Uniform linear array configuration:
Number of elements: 12
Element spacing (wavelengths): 0.5
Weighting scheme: exponential
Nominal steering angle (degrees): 0
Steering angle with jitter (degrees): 1.771
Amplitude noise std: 0.05
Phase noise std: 0.05

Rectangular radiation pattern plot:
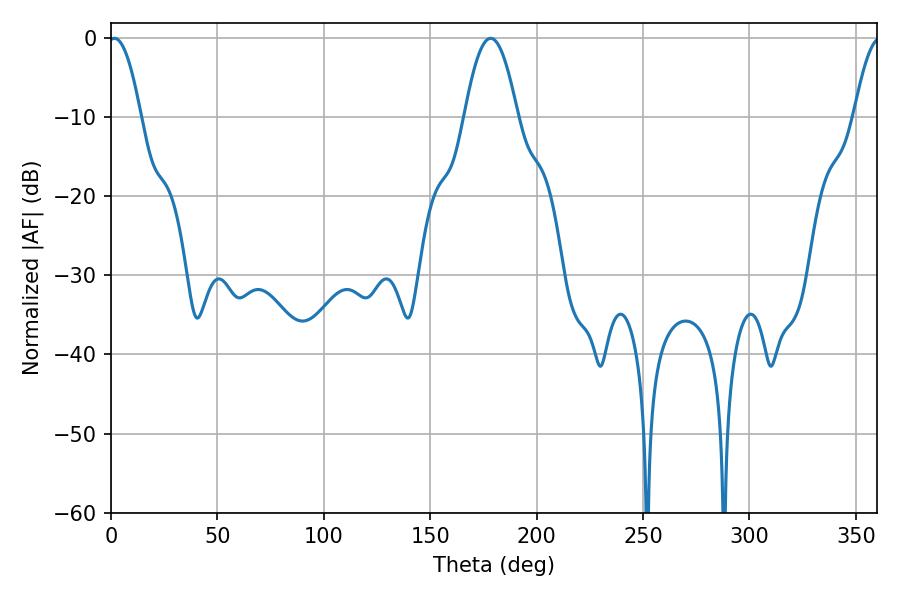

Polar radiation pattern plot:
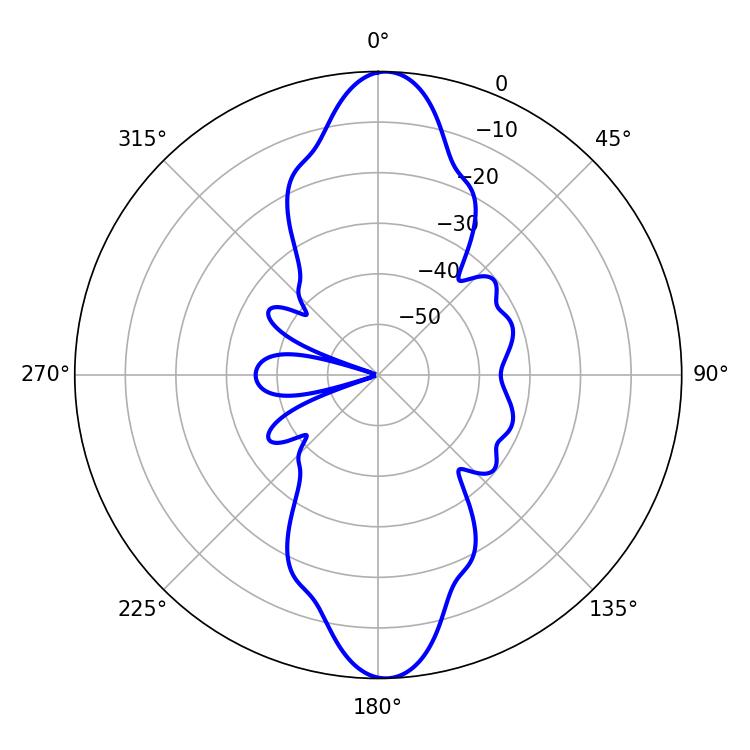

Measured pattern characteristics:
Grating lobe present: FALSE
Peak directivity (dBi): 21.883
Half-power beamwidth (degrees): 8.28
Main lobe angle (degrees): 1.62